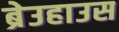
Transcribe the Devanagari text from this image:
ब्रेउहाउस